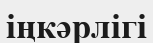
іңкәрлігі